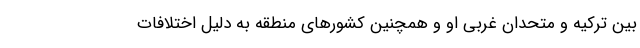
بین ترکیه و متحدان غربی او و همچنین کشورهای منطقه به دلیل اختلافات